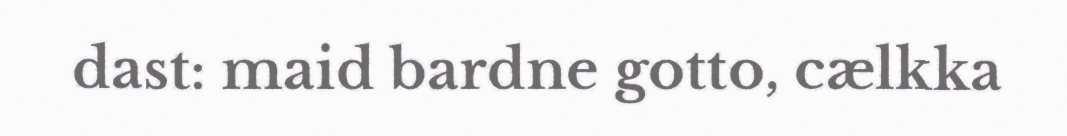
dast: maid bardne gotto, cælkka